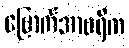
မြောက်အာဖရိက